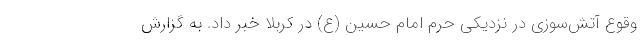
وقوع آتش‌سوزی در نزدیکی حرم امام حسین (ع) در کربلا خبر داد. به گزارش